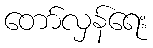
တော်လှန်ရေး